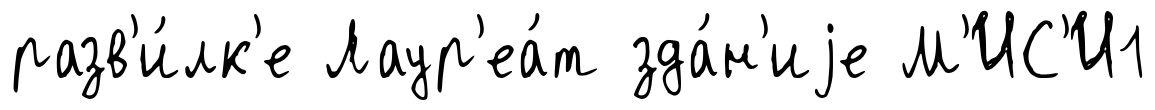
разв'и́лк'е Лаур'еа́т зда́н'иjе М'ИС'И1